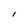
Character: I